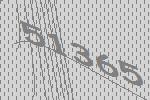
51365